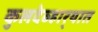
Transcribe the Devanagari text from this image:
कुलदेव्हार्‍यात